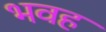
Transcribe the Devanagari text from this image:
भवह